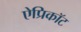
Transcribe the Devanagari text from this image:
ऐप्रिकॉट